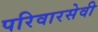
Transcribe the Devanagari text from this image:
परिवारसेवी